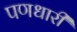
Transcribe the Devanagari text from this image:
पणधारी